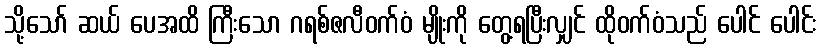
သို့သော် ဆယ် ပေအထိ ကြီးသော ဂရစ်ဇလီဝက်ဝံ မျိုးကို တွေ့ရပြီးလျှင် ထိုဝက်ဝံသည် ပေါင် ပေါင်း